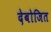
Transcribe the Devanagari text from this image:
देबोजित